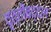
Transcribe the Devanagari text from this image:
वृत्तीबद्दल